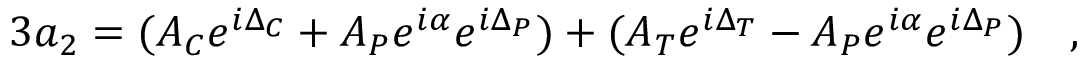
3 a _ { 2 } = ( A _ { C } e ^ { i \Delta _ { C } } + A _ { P } e ^ { i \alpha } e ^ { i \Delta _ { P } } ) + ( A _ { T } e ^ { i \Delta _ { T } } - A _ { P } e ^ { i \alpha } e ^ { i \Delta _ { P } } ) ~ ~ ~ ,